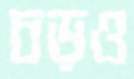
চড়ও